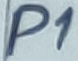
Text: P1